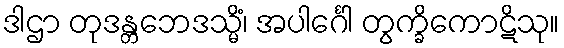
ဒါဌာ တုဒန္တဘေဒသ္မိံ၊ အပါင်္ဂေါ တွက္ခိကောဋိသု။